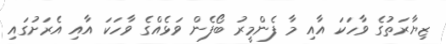
ޒިޔާރަތުގެ ވާހަކަ އާއި މާ ފެންމީރު ބޯފެން ވަޅެއްގެ ވާހަކަ އާއި އެރަށުގައި